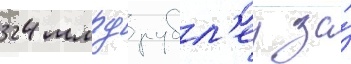
324 млрд рубл'еи за́